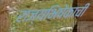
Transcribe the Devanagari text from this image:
राज्यभिषेकाची